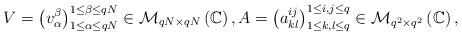
LaTeX: \begin{align*}V=\left( v_{\alpha}^{\beta} \right)_{1\leq\alpha\leq qN}^{1\leq \beta\leq qN}\in\mathcal{M}_{qN\times qN}\left(\mathbb{C}\right),A=\left(a^{ij}_{kl}\right)_{1\leq k,l\leq q}^{1\leq i,j\leq q} \in\mathcal{M}_{q^{2}\times q^{2}}\left(\mathbb{C}\right), \end{align*}